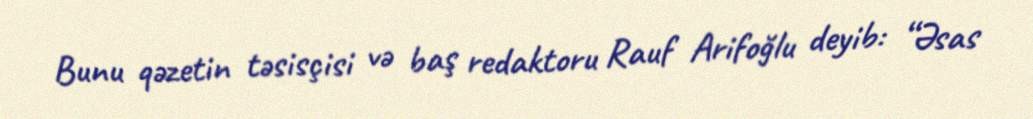
Bunu qəzetin təsisçisi və baş redaktoru Rauf Arifoğlu deyib: “Əsas